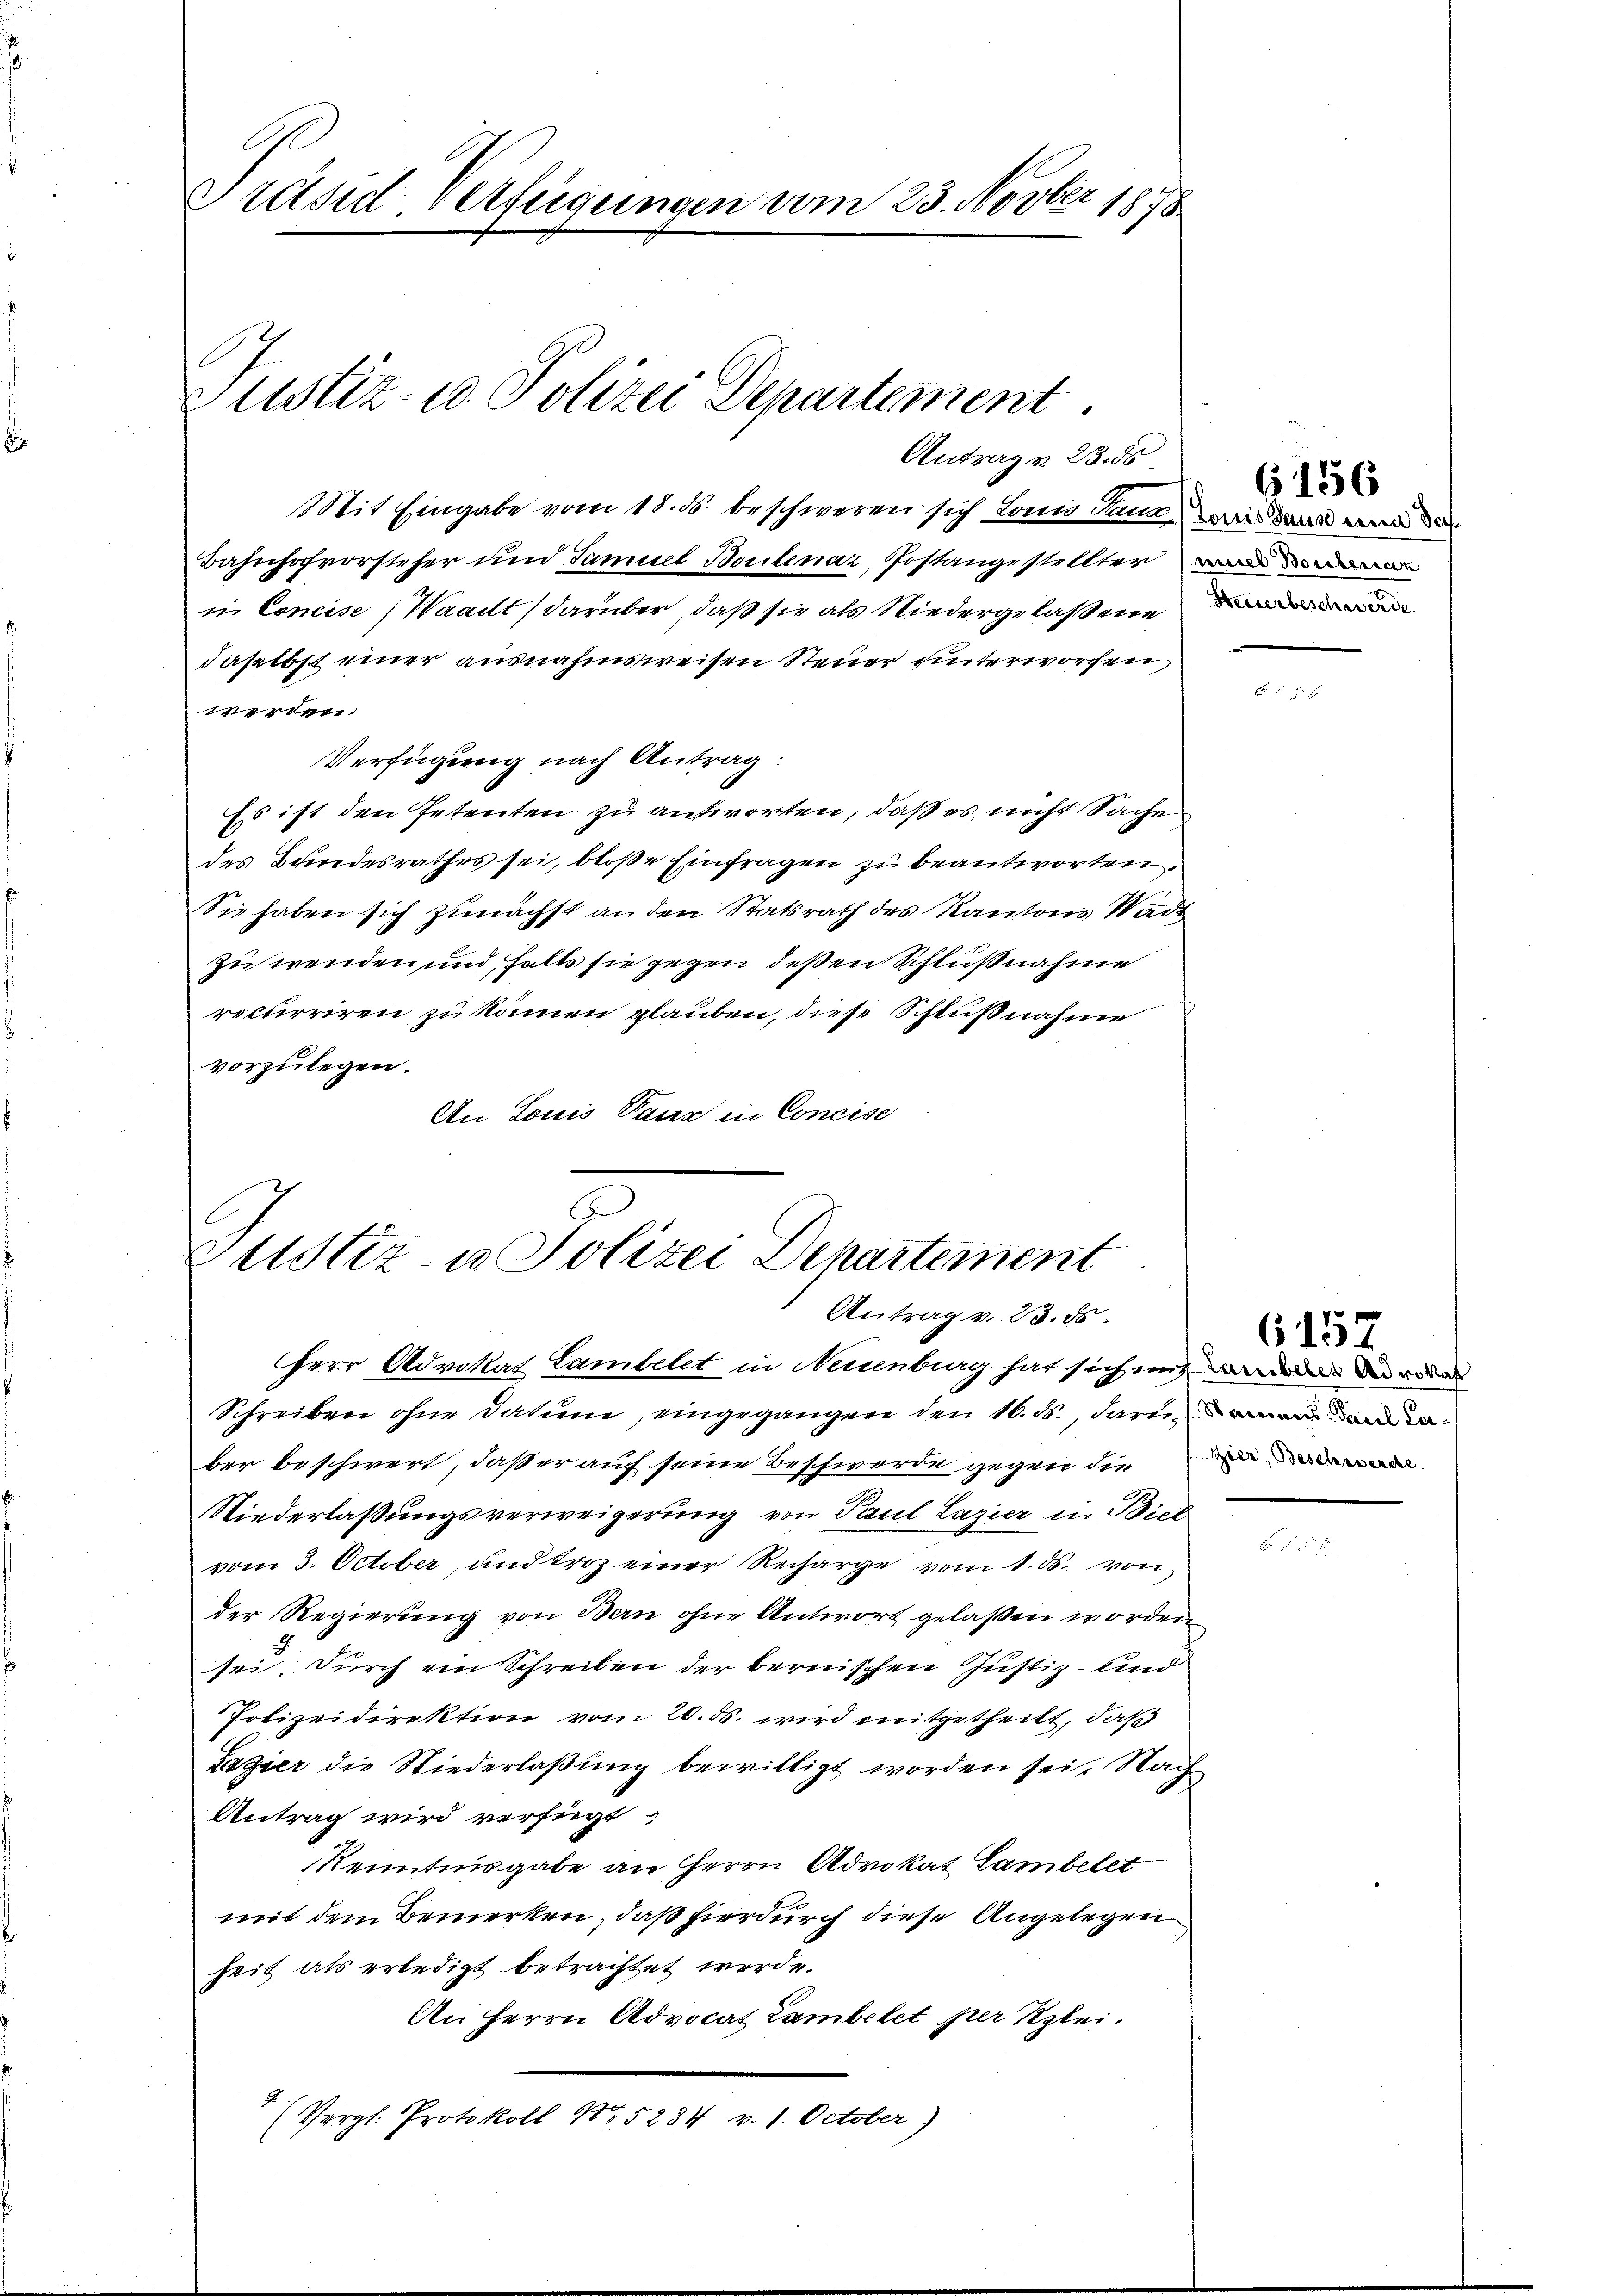
Präsid. Verfügungen vom 23. Novber 1878

Justiz- u Polizei Departement.
Antrag v. 23. ds.

Mit Eingabe vom 18. ds. beschweren sich Lonio Sana, wie dann man de
Bahnhofvorsteher und Famuel Bortenaz, Postangestellter
in Concise, Waadt, darüber, daß sie als Niedergelassene
daselbst einer ausnahmsweisen Steuer unterworfen,
werden.
Verfügung nach Antrag:
Es ist den Petenten zu antworten, daß es, nicht Sache
des Bundesrathes sei, bloße Einfragen zu beantworten.
Sie haben sich zunächst an den Statsrath des Kantons Wadt
Zu wenden und falls sie gegen deßen Schlußnahme
recurriren zu können glauben, diese Schlußnahme
vorzulegen.
An Louis Taus in Concise

Mitstiz- u. Polizei Departement
Antrag v. 23. ds.

Herr Advokat Lambelet in Neuenburg hat sich in den und oder
Schreiben ohne Datum, eingegangen den 16. ds., darum
ber beschwert, daß er auf seine Beschwerde gegen die
Niederlassungsverweigerung von Paul Lazier in Biel-
vom 3. October, und troz einer Recharge vom 1. ds. von
der Regierung von Bern ohne Antwort gelaßen worden
2
sei. Durch ein Schreiben der bernischen Justiz- und
Polizeidirektion vom 26. ds. wird mitgetheilt, daß
Tazier die Niederlaßung bewilligt worden sei. Nach
Antrag wird verfügt:
Kenntnisgabe an HHerrn Advokat Lambelet
mit dem Bemerken, daß hierdurch diese Angelegen
heit als erledigt betrachtet werde.
An Herrn Advocat Lambelet per Klei¬
(Vergl. Protokoll No 5284 v. 1. October)

61556

6157